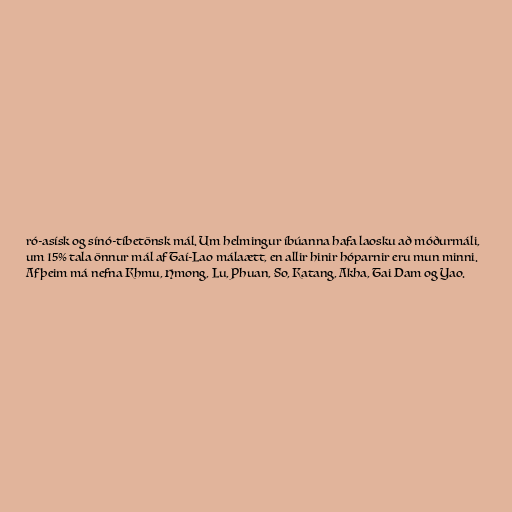
ró-asísk og sínó-tíbetönsk mál. Um helmingur íbúanna hafa laosku að móðurmáli,
um 15% tala önnur mál af Taí-Lao málaætt, en allir hinir hóparnir eru mun minni.
Af þeim má nefna Khmu, Hmong, Lu, Phuan, So, Katang, Akha, Tai Dam og Yao.